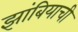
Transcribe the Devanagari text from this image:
झांबियाची